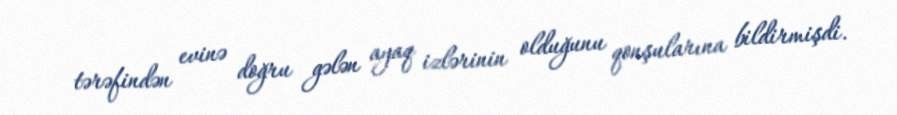
tərəfindən evinə doğru gələn ayaq izlərinin olduğunu qonşularına bildirmişdi.